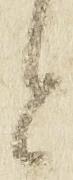
と